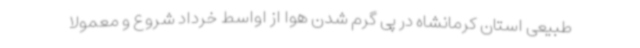
طبیعی استان کرمانشاه در پی گرم شدن هوا از اواسط خرداد شروع و معمولا